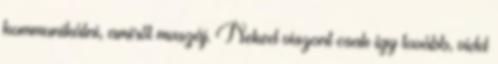
kommunikálni, amiről muszáj. Neked viszont csak így tovább, vidd